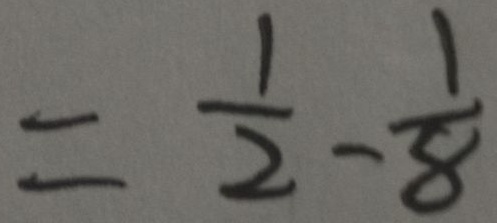
= \frac { 1 } { 2 } - \frac { 1 } { 8 }